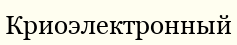
Криоэлектронный